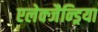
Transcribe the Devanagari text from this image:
एलेक्जैन्ड्रिया